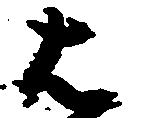
は